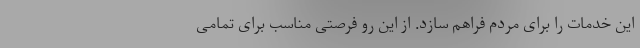
این خدمات را برای مردم فراهم سازد. از این رو فرصتی مناسب برای تمامی